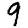
Digit: 9